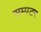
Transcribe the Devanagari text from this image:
सम्पटर